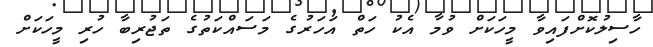
ހާސިލުކޮށްފައިވާ މީހަކަށް ވުމާ އެކު ހަތް އަހަރުގެ މަސައްކަތުގެ ތަޖުރިބާ ހުރި މީހަކަށް